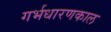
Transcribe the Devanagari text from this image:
गर्भधारणकाल